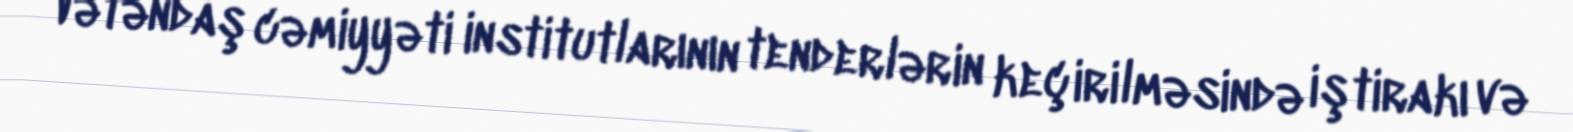
Vətəndaş cəmiyyəti institutlarının tenderlərin keçirilməsində iştirakı və